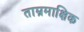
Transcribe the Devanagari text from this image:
ताम्रमाक्षिक